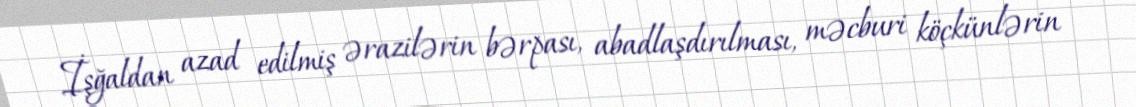
İşğaldan azad edilmiş ərazilərin bərpası, abadlaşdırılması, məcburi köçkünlərin